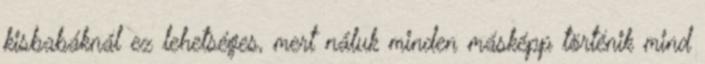
kisbabáknál ez lehetséges, mert náluk minden másképp történik mind